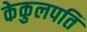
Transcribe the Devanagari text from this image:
केकुलपति